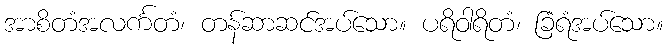
အာစိတံအလင်္ကတံ၊ တန်ဆာဆင်အပ်သော။ ပရိဝါရိတံ၊ ခြံရံအပ်သော။